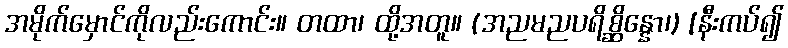
အမိုက်မှောင်ကိုလည်းကောင်း။ တထာ၊ ထို့အတူ။ (အညမညပရိစ္ဆိန္နော၊) [နီးကပ်၍